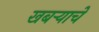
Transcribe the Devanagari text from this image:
खबर्‍याचे